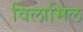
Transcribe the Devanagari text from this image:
विलामिल